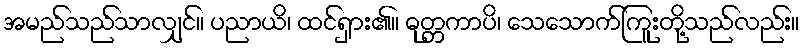
အမည်သည်သာလျှင်။ ပညာယိ၊ ထင်ရှား၏။ ဓုတ္တကာပိ၊ သေသောက်ကြူးတို့သည်လည်း။